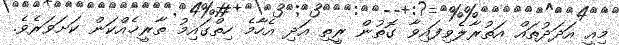
މިއީ އަދަދުތައް އަތުރާލެވިފައިވާ ގޮތުން ރީތި އަދި އެހާމެ ހިތްގައިމު ތާރީޚެއްކަން ކަށަވަރެވެ.